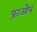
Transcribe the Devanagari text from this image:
फ्राओच